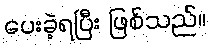
ပေးခဲ့ရပြီး ဖြစ်သည်။